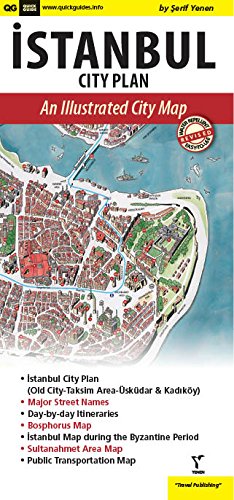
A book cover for Istanbul City Plan, An Illustrated City Map; Serif Yenen; Travel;